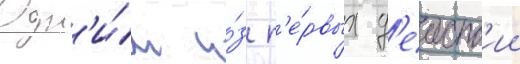
Одн'и́м и́з п'е́рвых д'еиств'ии